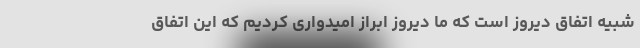
شبیه اتفاق دیروز است که ما دیروز ابراز امیدواری کردیم که این اتفاق